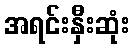
အရင်းနှီးဆုံး